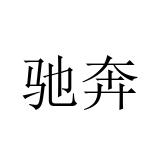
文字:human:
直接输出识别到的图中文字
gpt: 驰奔